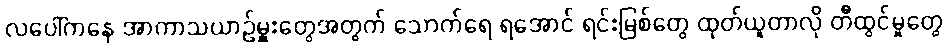
လပေါ်ကနေ အာကာသယာဉ်မှူးတွေအတွက် သောက်ရေ ရအောင် ရင်းမြစ်တွေ ထုတ်ယူတာလို တီထွင်မှုတွေ